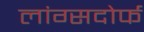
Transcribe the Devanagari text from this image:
लांग्सदोर्फ